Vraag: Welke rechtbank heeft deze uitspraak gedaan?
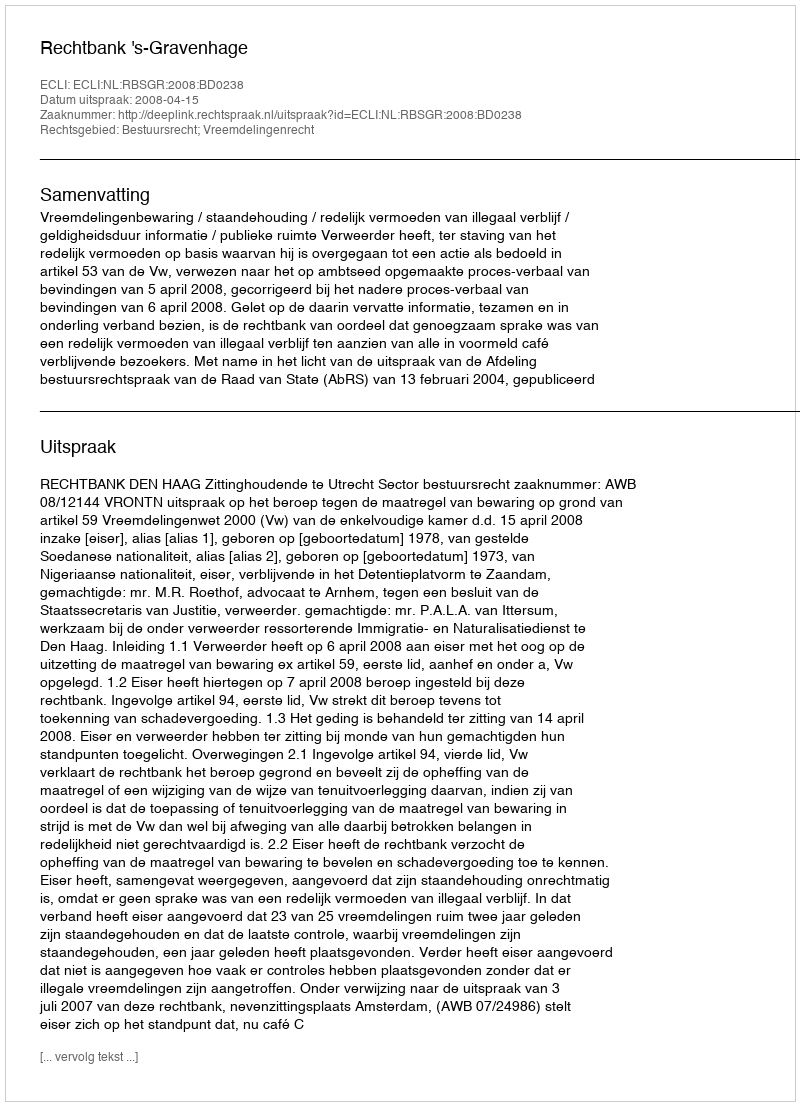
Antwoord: Rechtbank 's-Gravenhage